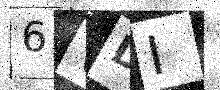
Text: 6VDI